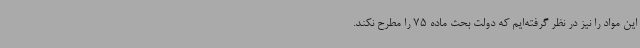
این مواد را نیز در نظر گرفته‌ایم که دولت بحث ماده 75 را مطرح نکند.